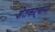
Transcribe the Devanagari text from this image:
शेतकऱ्याना